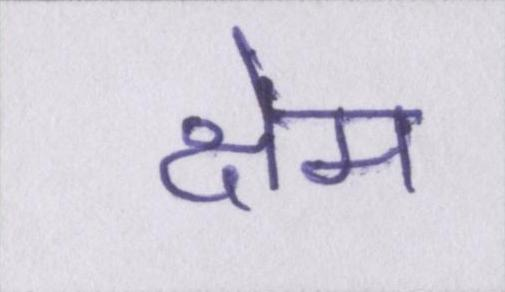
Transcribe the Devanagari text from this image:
क्षेम